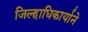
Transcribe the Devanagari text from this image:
जिल्हाधिकार्याने